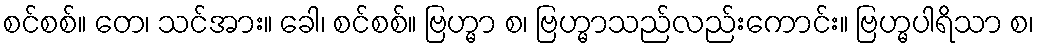
စင်စစ်။ တေ၊ သင်အား။ ခေါ၊ စင်စစ်။ ဗြဟ္မာ စ၊ ဗြဟ္မာသည်လည်းကောင်း။ ဗြဟ္မပါရိသာ စ၊